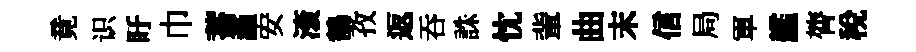
竟识盱巾蓄謹安滚鶺孜返吞誅忱軰曲末信局軍艦膂稅